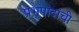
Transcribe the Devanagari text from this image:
प्रभुपादांची